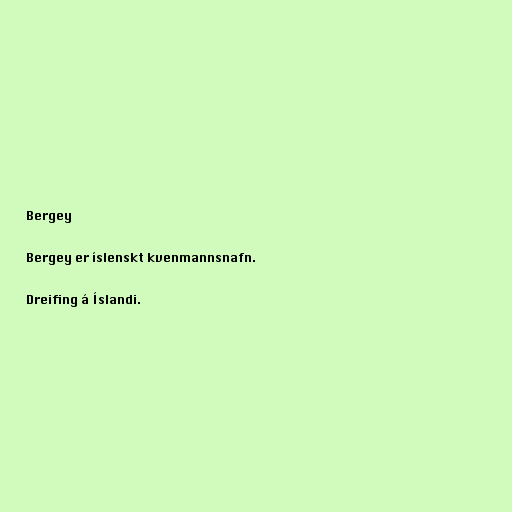
Bergey

Bergey er íslenskt kvenmannsnafn.

Dreifing á Íslandi.